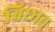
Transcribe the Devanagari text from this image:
बिछाव